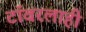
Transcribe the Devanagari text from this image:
टॉवरलाही